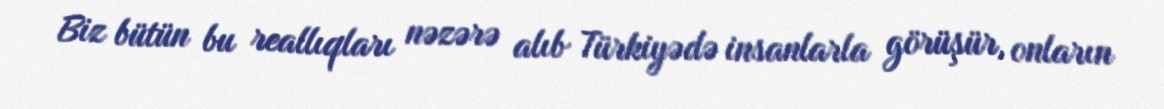
Biz bütün bu reallıqları nəzərə alıb Türkiyədə insanlarla görüşür, onların